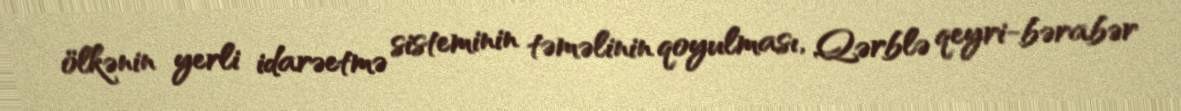
ölkənin yerli idarəetmə sisteminin təməlinin qoyulması, Qərblə qeyri-bərabər